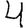
Digit: 4